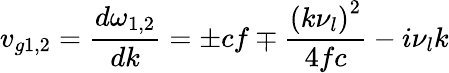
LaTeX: v_{g1,2}=\frac{d\omega_{1,2}}{dk}=\pm cf\mp\frac{\left(k\nu_{l}\right)^{2}}{4fc}-i\nu_{l}k